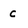
Character: c